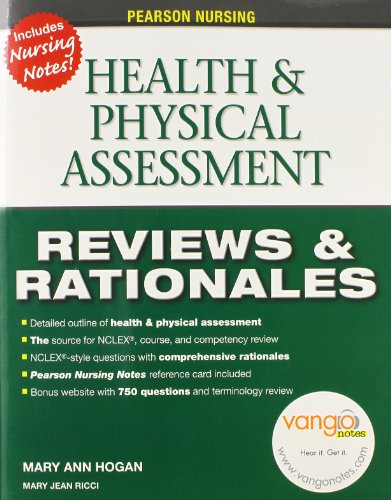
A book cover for Pearson Nursing Reviews & Rationales: Health & Physical Assessment (Reviews and Rationales); MaryAnn Hogan; Test Preparation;